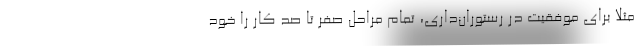
مثلا برای موفقیت در رستوران‌داری، تمام مراحل صفر تا صد کار را خود